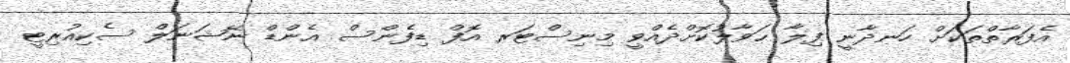
އެފަރާތްތަކަށް ހަނދާނީ ފިލާ ޙަވާލުކޮށްދެއްވީ މިނިސްޓަރ އޮފް ޑިފެންސް އެންޑް ނޭޝަނަލް ސެކިއުރިޓީ